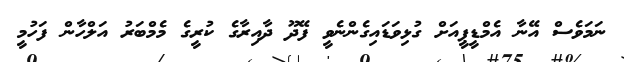
ނަމަވެސް އޭނާ އެމްޑީޕީއަށް ގުޅިވަޑައިގެންނެވީ ފޭދޫ ދާއިރާގެ ކުރީގެ މެމްބަރު އަލްހާން ފަހުމީ